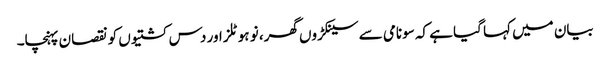
بیان میں کہا گیا ہے کہ سونامی سے سینکڑوں گھر، نو ہوٹلز اور دس کشتیوں کو نقصان پہنچا۔